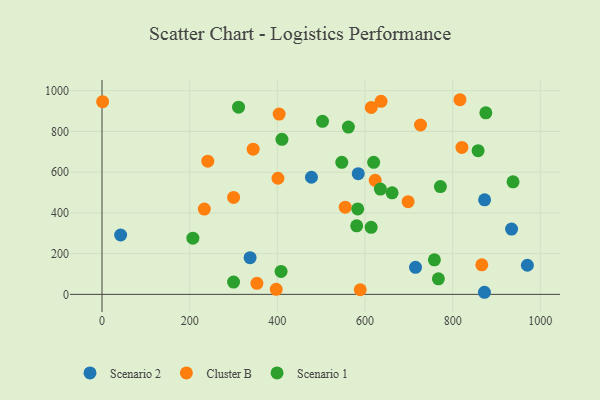
{"axis": {"x": "Experience", "y": "Salary"}, "legend": ["Cluster B", "Scenario 1", "Scenario 2"], "data": [{"x": "584.5", "y": 592.8, "type": "Scenario 2"}, {"x": "337.8", "y": 180.4, "type": "Scenario 2"}, {"x": "934.3", "y": 320.6, "type": "Scenario 2"}, {"x": "970.4", "y": 143.0, "type": "Scenario 2"}, {"x": "42.5", "y": 291.5, "type": "Scenario 2"}, {"x": "477.8", "y": 575.0, "type": "Scenario 2"}, {"x": "872.5", "y": 10.3, "type": "Scenario 2"}, {"x": "872.8", "y": 464.4, "type": "Scenario 2"}, {"x": "715.2", "y": 132.8, "type": "Scenario 2"}, {"x": "1.4", "y": 946.1, "type": "Cluster B"}, {"x": "233.4", "y": 419.0, "type": "Cluster B"}, {"x": "401.4", "y": 570.1, "type": "Cluster B"}, {"x": "623.2", "y": 560.2, "type": "Cluster B"}, {"x": "816.6", "y": 955.7, "type": "Cluster B"}, {"x": "589.1", "y": 22.8, "type": "Cluster B"}, {"x": "614.2", "y": 917.6, "type": "Cluster B"}, {"x": "726.6", "y": 831.7, "type": "Cluster B"}, {"x": "636.6", "y": 947.6, "type": "Cluster B"}, {"x": "404.1", "y": 885.1, "type": "Cluster B"}, {"x": "397.4", "y": 24.6, "type": "Cluster B"}, {"x": "554.8", "y": 428.0, "type": "Cluster B"}, {"x": "344.8", "y": 712.8, "type": "Cluster B"}, {"x": "866.4", "y": 145.3, "type": "Cluster B"}, {"x": "821.0", "y": 721.3, "type": "Cluster B"}, {"x": "241.3", "y": 654.1, "type": "Cluster B"}, {"x": "698.3", "y": 455.1, "type": "Cluster B"}, {"x": "353.4", "y": 54.0, "type": "Cluster B"}, {"x": "300.2", "y": 476.2, "type": "Cluster B"}, {"x": "547.0", "y": 648.3, "type": "Scenario 1"}, {"x": "207.3", "y": 275.8, "type": "Scenario 1"}, {"x": "581.0", "y": 336.4, "type": "Scenario 1"}, {"x": "875.6", "y": 891.4, "type": "Scenario 1"}, {"x": "619.7", "y": 648.4, "type": "Scenario 1"}, {"x": "562.1", "y": 821.6, "type": "Scenario 1"}, {"x": "300.1", "y": 60.2, "type": "Scenario 1"}, {"x": "408.5", "y": 112.8, "type": "Scenario 1"}, {"x": "503.0", "y": 849.6, "type": "Scenario 1"}, {"x": "614.0", "y": 329.4, "type": "Scenario 1"}, {"x": "758.3", "y": 169.8, "type": "Scenario 1"}, {"x": "311.5", "y": 919.2, "type": "Scenario 1"}, {"x": "583.4", "y": 419.7, "type": "Scenario 1"}, {"x": "410.5", "y": 761.2, "type": "Scenario 1"}, {"x": "661.8", "y": 498.7, "type": "Scenario 1"}, {"x": "937.7", "y": 552.6, "type": "Scenario 1"}, {"x": "635.0", "y": 517.2, "type": "Scenario 1"}, {"x": "858.0", "y": 705.5, "type": "Scenario 1"}, {"x": "772.0", "y": 529.4, "type": "Scenario 1"}, {"x": "767.4", "y": 76.3, "type": "Scenario 1"}]}